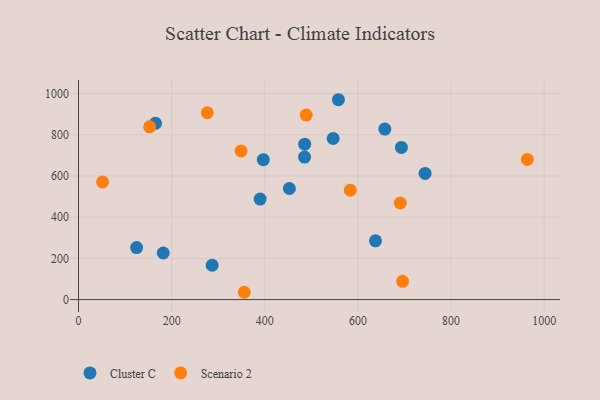
{"axis": {"x": "Ad Spend", "y": "Rating"}, "legend": ["Cluster C", "Scenario 2"], "data": [{"x": "182.0", "y": 226.1, "type": "Cluster C"}, {"x": "637.8", "y": 285.2, "type": "Cluster C"}, {"x": "693.5", "y": 738.1, "type": "Cluster C"}, {"x": "287.0", "y": 166.6, "type": "Cluster C"}, {"x": "546.9", "y": 781.7, "type": "Cluster C"}, {"x": "452.9", "y": 538.9, "type": "Cluster C"}, {"x": "390.1", "y": 487.6, "type": "Cluster C"}, {"x": "744.4", "y": 612.1, "type": "Cluster C"}, {"x": "396.8", "y": 678.8, "type": "Cluster C"}, {"x": "485.8", "y": 753.9, "type": "Cluster C"}, {"x": "165.3", "y": 855.2, "type": "Cluster C"}, {"x": "124.8", "y": 252.3, "type": "Cluster C"}, {"x": "485.5", "y": 691.7, "type": "Cluster C"}, {"x": "558.2", "y": 969.8, "type": "Cluster C"}, {"x": "657.8", "y": 827.2, "type": "Cluster C"}, {"x": "152.8", "y": 838.4, "type": "Scenario 2"}, {"x": "356.0", "y": 35.4, "type": "Scenario 2"}, {"x": "696.0", "y": 88.5, "type": "Scenario 2"}, {"x": "489.0", "y": 895.1, "type": "Scenario 2"}, {"x": "583.7", "y": 531.1, "type": "Scenario 2"}, {"x": "276.6", "y": 906.7, "type": "Scenario 2"}, {"x": "349.1", "y": 721.1, "type": "Scenario 2"}, {"x": "51.8", "y": 570.9, "type": "Scenario 2"}, {"x": "691.0", "y": 468.7, "type": "Scenario 2"}, {"x": "964.0", "y": 680.0, "type": "Scenario 2"}]}